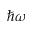
\hbar \omega